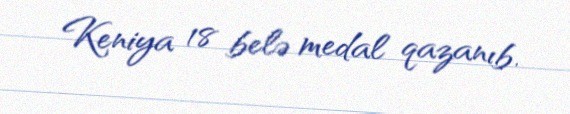
Keniya 18 belə medal qazanıb.